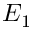
E _ { 1 }